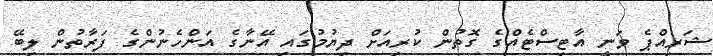
ޝަރިއްޕެ ވަނީ އާޓިސްޓެއްގެ ގޮތުން ކުރިއަށް ދިޔުމުގައި އޭނާގެ އަންހެނުންގެ ފަރާތުން ލިބޭ